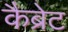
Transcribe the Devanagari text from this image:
कैब्रेट